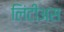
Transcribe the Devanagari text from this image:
लिंटीअस